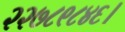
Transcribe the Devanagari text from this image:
२२७८९८४६।